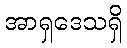
အာရှဒေသရှိ